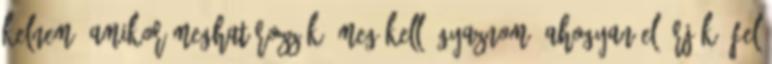
kelnem, amikor meghatározzák, meg kell ágyaznom, ahogyan előírják, fel